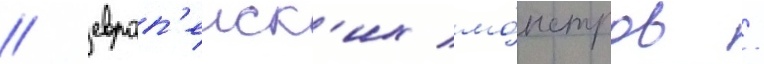
/ европ'еиск'их мо́нстров /